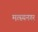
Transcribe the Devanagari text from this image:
मत्स्यनगर